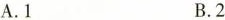
A.1 B.2